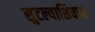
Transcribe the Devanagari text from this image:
सुटल्याशिवाय